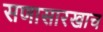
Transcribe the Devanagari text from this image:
सणासारखाच